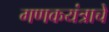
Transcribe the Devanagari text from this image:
गणकयंत्राचे